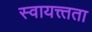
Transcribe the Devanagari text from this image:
स्वायत्त्तता